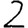
Digit: 2